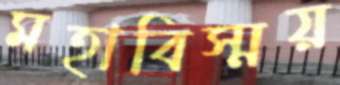
মহাবিস্ময়